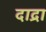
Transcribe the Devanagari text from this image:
दाद्रा